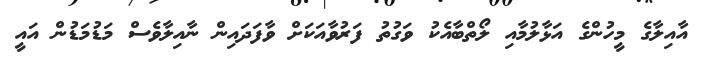
އާއިލާގެ މީހުންގެ އަޅާލުމާއި ލޯތްބާއެކު ވަގުތު ފަރުވާއަކަށް ވާފަދައިން ނާއިލާވެސް މަޑުމަޑުން އައީ